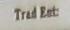
trad